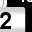
Digit: 2